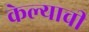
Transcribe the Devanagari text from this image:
केेल्याची